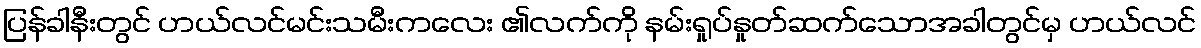
ပြန်ခါနီးတွင် ဟယ်လင်မင်းသမီးကလေး ၏လက်ကို နမ်းရှုပ်နှုတ်ဆက်သောအခါတွင်မှ ဟယ်လင်